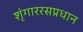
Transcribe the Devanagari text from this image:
शृंगाररसप्रधान